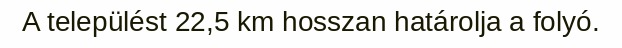
A települést 22,5 km hosszan határolja a folyó.